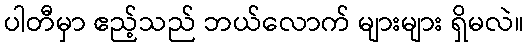
ပါတီမှာ ဧည့်သည် ဘယ်လောက် များများ ရှိမလဲ။